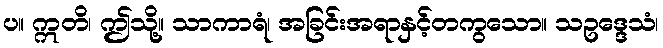
ပ။ ဣတိ၊ ဤသို့။ သာကာရံ၊ အခြင်းအရာနှင့်တကွသော။ သဥဒ္ဒေသံ၊